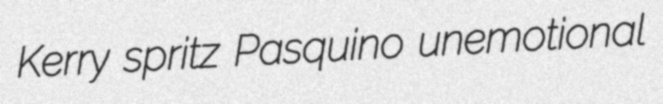
Kerry spritz Pasquino unemotional